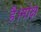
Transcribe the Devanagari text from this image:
है।मोक्ष